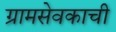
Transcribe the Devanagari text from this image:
ग्रामसेवकाची